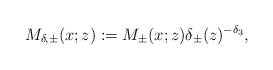
\begin{align*}M_{\delta,\pm }(x;z):=M_{\pm}(x; z) \delta_{\pm}(z)^{-\delta_3},\end{align*}